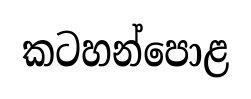
කටහන්පොළ